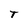
Character: T